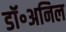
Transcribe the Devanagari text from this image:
डॉ॰अनिल